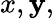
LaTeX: x,\mathbf{y},